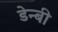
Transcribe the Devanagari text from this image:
डेन्‍बी